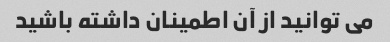
می توانید از آن اطمینان داشته باشید